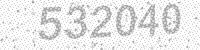
Solution: 532040